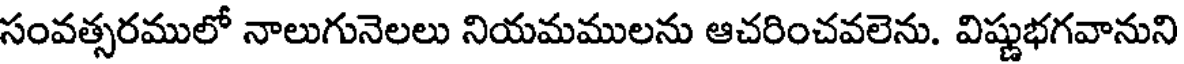
సంవత్సరములో నాలుగునెలలు నియమములను ఆచరించవలెను. విష్ణుభగవానుని